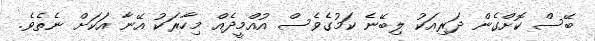
ބޭސް ކޮށްގެން ދަރިއަކު ލިބޭނެ ކަމުގެވެސް އުއްމީދެއް މިހާރަކު އޭނާ އަކަށް ނެތެވެ.